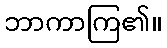
ဘာကာကြ၏။